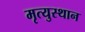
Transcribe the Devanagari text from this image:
मृत्युस्थान